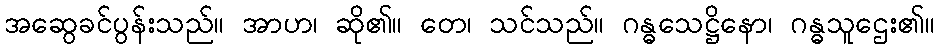
အဆွေခင်ပွန်းသည်။ အာဟ၊ ဆို၏။ တေ၊ သင်သည်။ ဂန္ဓသေဋ္ဌိနော၊ ဂန္ဓသူဌေး၏။